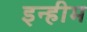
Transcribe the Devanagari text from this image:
इन्हीम